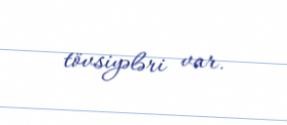
tövsiyələri var.